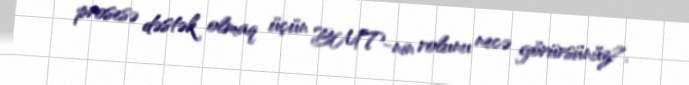
prosesə dəstək olmaq üçün BMT-nin rolunu necə görürsünüz?.